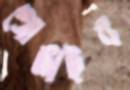
গোঙাইব